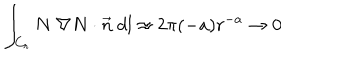
\int _ { C _ { r } } N ~ \nabla N \cdot \vec { n } ~ d l \approx 2 \pi ( - a ) r ^ { - a } \rightarrow 0